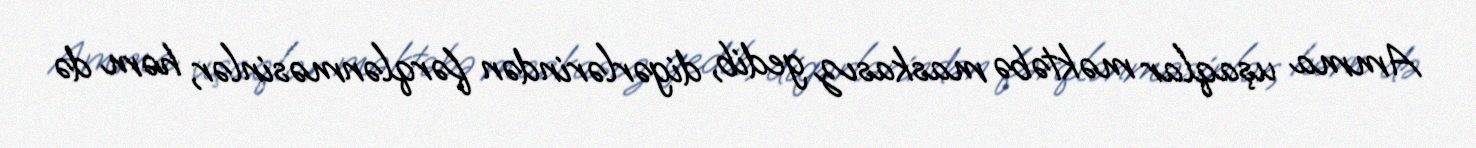
Amma uşaqlar məktəbə maskasız gedib, digərlərindən fərqlənməsinlər, həm də